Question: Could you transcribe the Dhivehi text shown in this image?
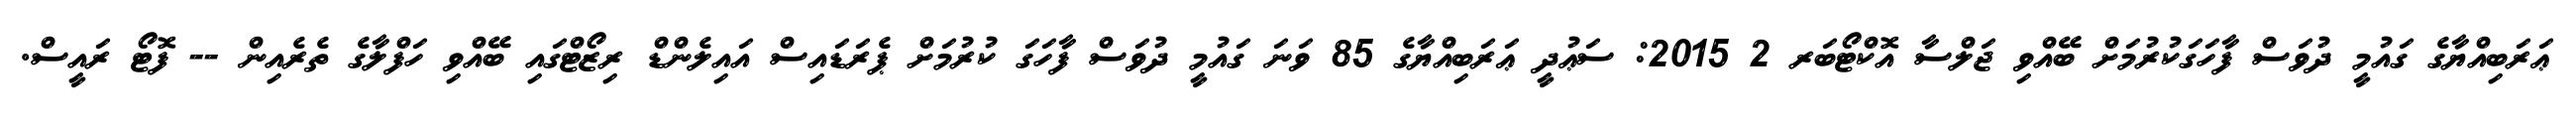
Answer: ޢަރަބިއްޔާގެ ގައުމީ ދުވަސް ފާހަގަކުރުމަށް ބޭއްވި ޖަލްސާ އޮކްޓޯބަރ 2 2015: ސަޢުދީ ޢަރަބިއްޔާގެ 85 ވަނަ ގައުމީ ދުވަސް ފާހަގަ ކުރުމަށް ޕެރަޑައިސް އައިލެންޑް ރިޒޯޓްގައި ބޭއްވި ހަފްލާގެ ތެރެއިން -- ފޮޓޯ ރައީސް.